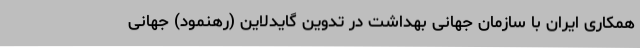
همکاری ایران با سازمان جهانی بهداشت در تدوین گایدلاین (رهنمود) جهانی